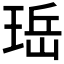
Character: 𪻬